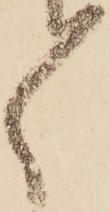
ゝ